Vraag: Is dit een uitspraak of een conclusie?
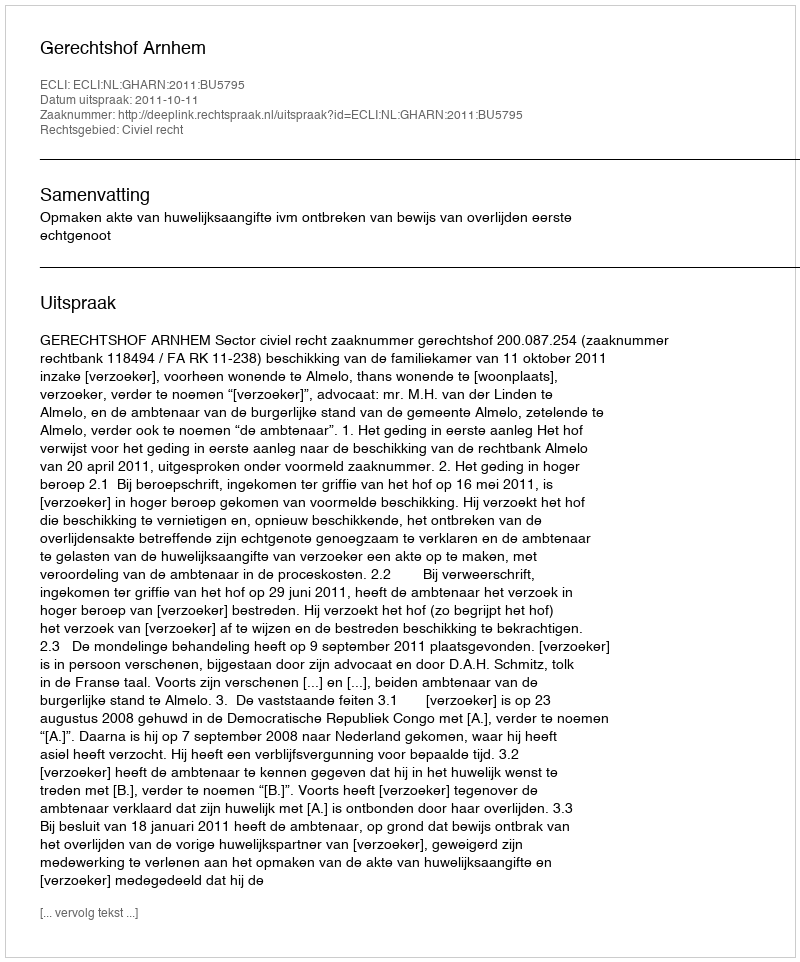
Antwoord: Uitspraak